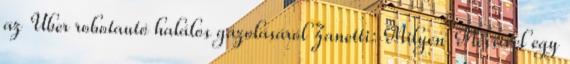
az Uber robotautó halálos gázolásáról Zanetti: Milyen Messivel egy